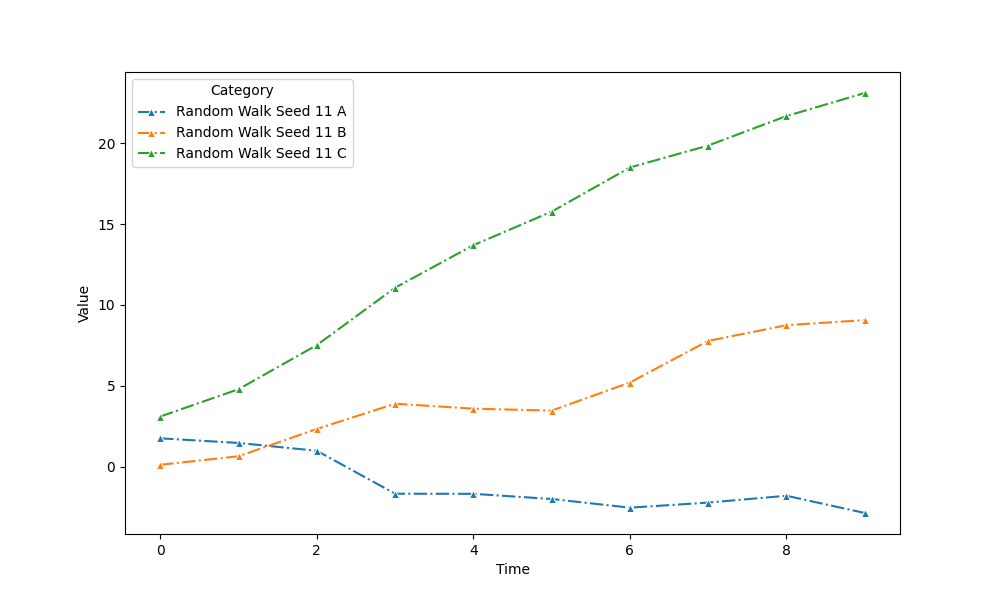
python, seaborn, lineplot, style='dashdot', marker='^'